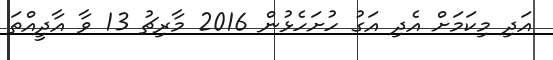
އަދި މިކަމަށް އެދި އަގު ހުށަހެޅުން 2016 މާރިޗު 13 ވާ އާދީއްތަ